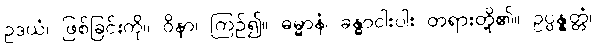
ဥဒယံ၊ ဖြစ်ခြင်းကို။ ဝိနာ၊ ကြဉ်၍။ ဓမ္မာနံ၊ ခန္ဓာငါးပါး တရားတို့၏။ ဥပ္ပန္နတ္တံ၊